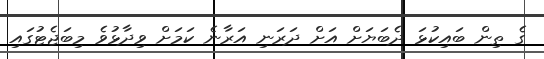
ގެ ތިން ބައިކުޅަ ދެބަޔަށް އަށް ދަރަނި އަރާނެ ކަމަށް ވިދާޅުވެ މިބަޖެޓުގައި